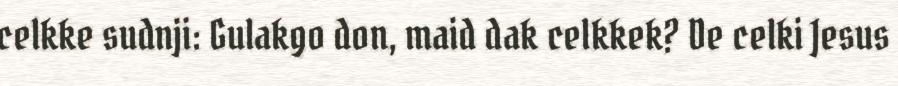
celkke sudnji: Gulakgo don, maid dak celkkek? De celki Jesus